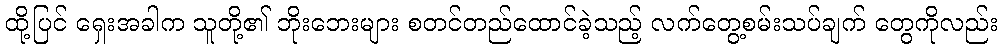
ထို့ပြင် ရှေးအခါက သူတို့၏ ဘိုးဘေးများ စတင်တည်ထောင်ခဲ့သည့် လက်တွေ့စမ်းသပ်ချက် တွေကိုလည်း